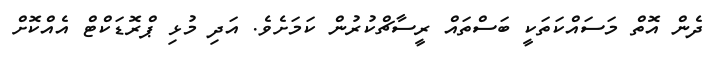
ދެން އޮތް މަސައްކަތަކީ ބަސްތައް ރީސާޗްކުރުން ކަމަށެވެ. އަދި މުޅި ޕްރޮޑަކްޓް އެއްކޮށް